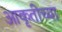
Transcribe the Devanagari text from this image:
आकृतीच्या